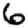
Digit: 6